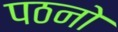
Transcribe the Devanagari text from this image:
पठनो